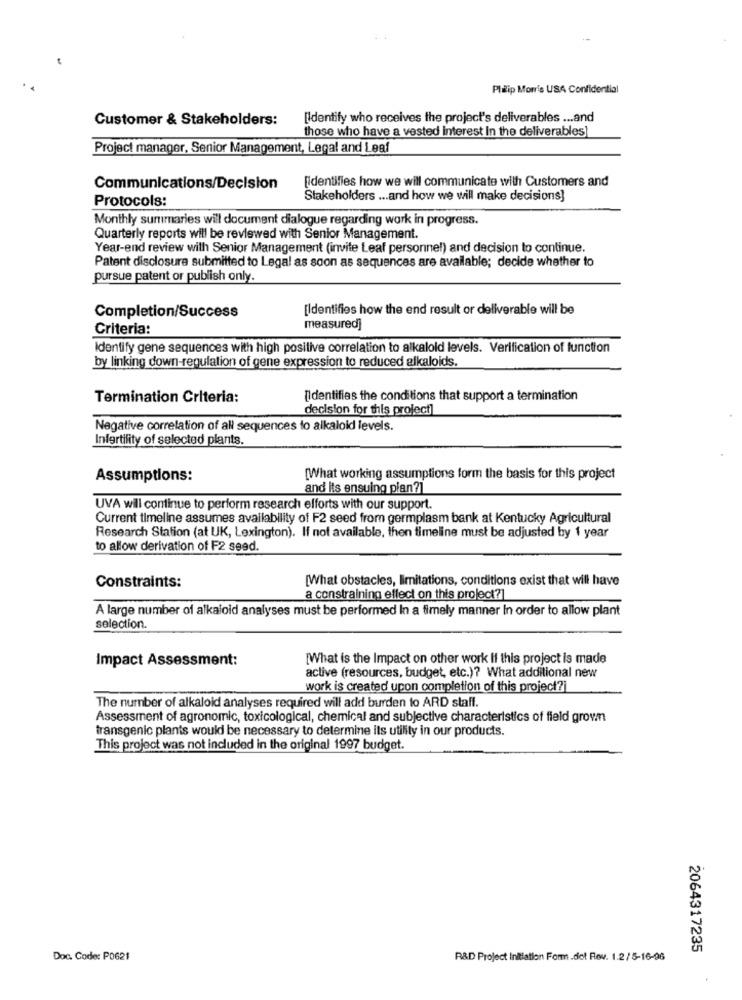
Plèip Mon's USA Confidential
Customer & Stakeholders:
[Identify who receives the project's deliverables ... and
those who have a vested interest In the deliverables]
Project manager, Senior Management, Legal and Leaf
[Identifies how we will communicate with Customers and
Communications/Decision
Protocols:
Stakeholders ... and how we will make decisions]
Monthly summaries will document dialogue regarding work in progress.
Quarterly reports will be reviewed with Senior Management.
Year-end review with Senior Management (invite Leaf personnel) and decision to continue.
Patent disclosure submitted to Legal as soon as sequences are available; decide whether to
pursue patent or publish only.
Completion/Success
[Identifies how the end result or deliverable will be
Criteria:
measured]
Identify gene sequences with high positive correlation to alkaloid levels. Verification of function
by linking down-regulation of gene expression to reduced alkaloids.
Termination Criteria:
[Identifies the conditions that support a termination
decision for this project]
Negative correlation of all sequences to alkaloid levels.
Infertility of selected plants.
Assumptions:
[What working assumptions form the basis for this project
and its ensuing pian?]
UVA will continue to perform research efforts with our support.
Current timeline assumes availability of F2 seed from germplasm bank at Kentucky Agricultural
Research Station (at UK, Lexington). If not available, then timeline must be adjusted by 1 year
to allow derivation of F2 seed.
[What obstacles, limitations, conditions exist that will have
Constraints:
a constraining effect on this project?]
A large number of alkaloid analyses must be performed In a timely manner In order to allow plant
selection.
Impact Assessment:
[What is the Impact on other work If this project is made
active (resources, budget, etc.)? What additional new
work is created upon completion of this project?]
The number of alkaloid analyses required will add burden to ARD staff.
Assessment of agronomic, toxicological, chemical and subjective characteristics of field grovm
transgenic plants would be necessary to determine its utility in our products.
This project was not included in the original 1997 budget.
2064317235
Doc. Code: PO621
R&D Project Initiation Form .dot Rev. 1.2 / 5-16-96